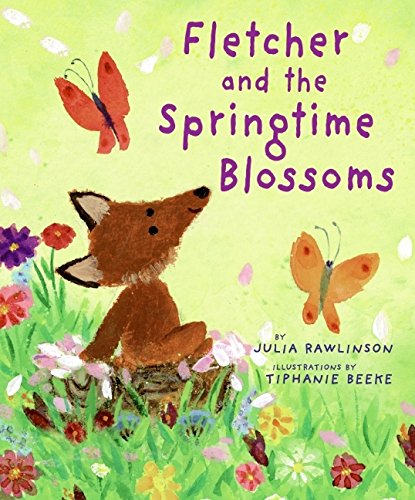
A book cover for Fletcher and the Springtime Blossoms; Julia Rawlinson; Children's Books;